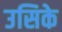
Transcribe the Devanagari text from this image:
उसिके